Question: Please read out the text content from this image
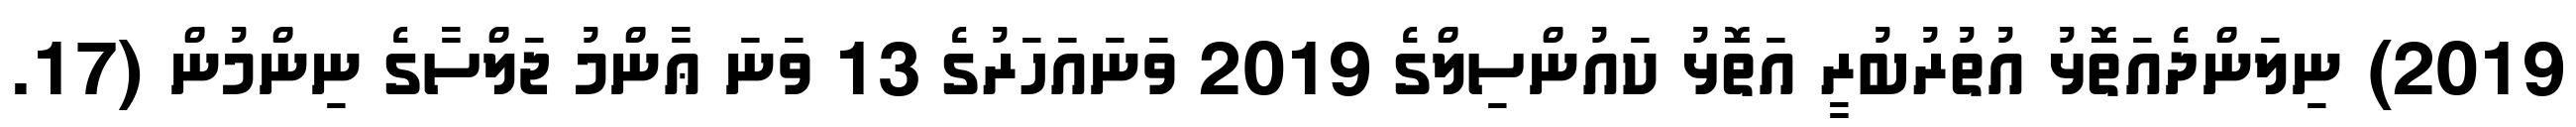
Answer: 2019) ނިލަންދެއަތޮޅު އުތުރުބުރީ އަތޮޅު ކައުންސިލްގެ 2019 ވަނައަހަރުގެ 13 ވަނަ ޢާންމު ޖަލްސާގެ ނިންމުން (17.